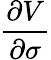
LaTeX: \frac{\partial V}{\partial\sigma}